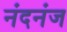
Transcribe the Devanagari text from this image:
नंदनंज